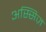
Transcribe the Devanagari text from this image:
अस्सिज़